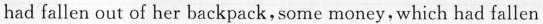
had fallen out of her backpack,some money,which had fallen